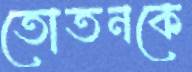
তোতনকে